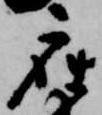
座